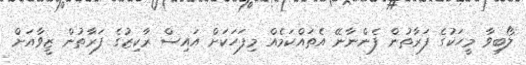
ލޯބިވާ މީހަކުގެ ފަރާތުން ފެންނާނޭ އެތައްކަމެއް މިފަހަކަށް އައިސް ރާކިޒުގެ ފަރާތުން ޒީވާއަށް